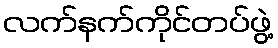
လက်နက်ကိုင်တပ်ဖွဲ့